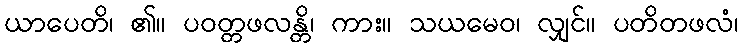
ယာပေတိ၊ ၏။ ပဝတ္တဖလန္တိ၊ ကား။ သယမေဝ၊ လျှင်။ ပတိတဖလံ၊